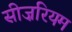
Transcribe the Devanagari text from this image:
सीज़रियम